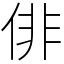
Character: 俳